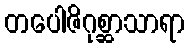
တပေါဇိဂုစ္ဆာသာရာ